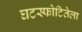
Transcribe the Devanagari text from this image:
घटस्फोटितेला